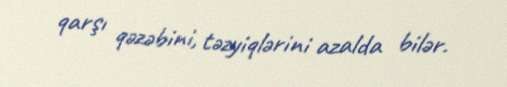
qarşı qəzəbini, təzyiqlərini azalda bilər.